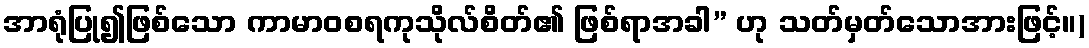
အာရုံပြု၍ဖြစ်သော ကာမာဝစရကုသိုလ်စိတ်၏ ဖြစ်ရာအခါ” ဟု သတ်မှတ်သောအားဖြင့်။)